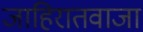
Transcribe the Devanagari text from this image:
जाहिरातवाजा